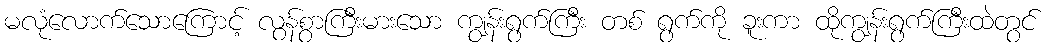
မလုံလောက်သောကြောင့် လွန်စွာကြီးမားသော ကျွန်းရွက်ကြီး တစ် ရွက်ကို ခူးကာ ထိုကျွန်းရွက်ကြီးထဲတွင်